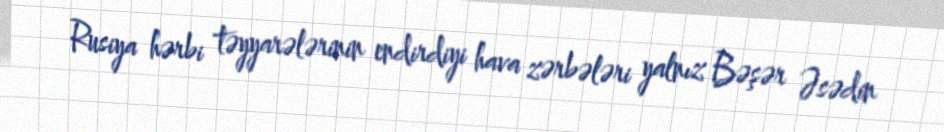
Rusiya hərbi təyyarələrinin endirdiyi hava zərbələri yalnız Bəşər Əsədin